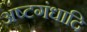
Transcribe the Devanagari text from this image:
अष्टगंधादि